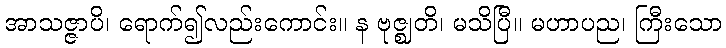
အာသဇ္ဇာပိ၊ ရောက်၍လည်းကောင်း။ န ဗုဇ္ဈတိ၊ မသိပြီ။ မဟာပည၊ ကြီးသော